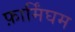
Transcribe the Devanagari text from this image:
फ़ार्मिंघम